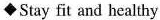
◆Stay fit and healthy